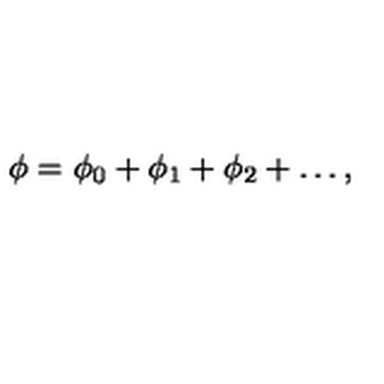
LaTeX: \phi = \phi _ { 0 } + \phi _ { 1 } + \phi _ { 2 } + \ldots ,